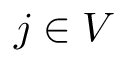
j \in V